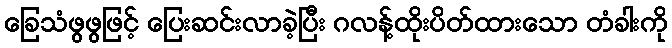
ခြေသံဖွဖွဖြင့် ပြေးဆင်းလာခဲ့ပြီး ဂလန့်ထိုးပိတ်ထားသော တံခါးကို